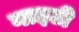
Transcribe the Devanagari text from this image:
नाइटी